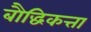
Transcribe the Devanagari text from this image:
बौद्धिकत्ता